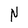
Character: N